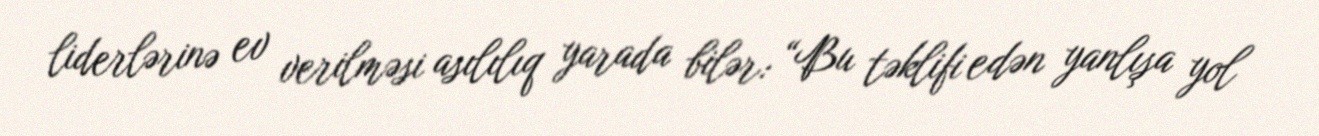
liderlərinə ev verilməsi asılılıq yarada bilər: “Bu təklifi edən yanlışa yol